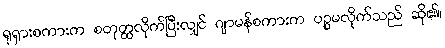
ရုရှားစကားက စတုတ္ထလိုက်ပြီးလျှင် ဂျာမန်စကားက ပဉ္စမလိုက်သည် ဆို၏။